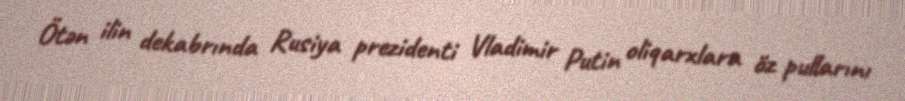
Ötən ilin dekabrında Rusiya prezidenti Vladimir Putin oliqarxlara öz pullarını